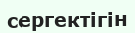
сергектігін